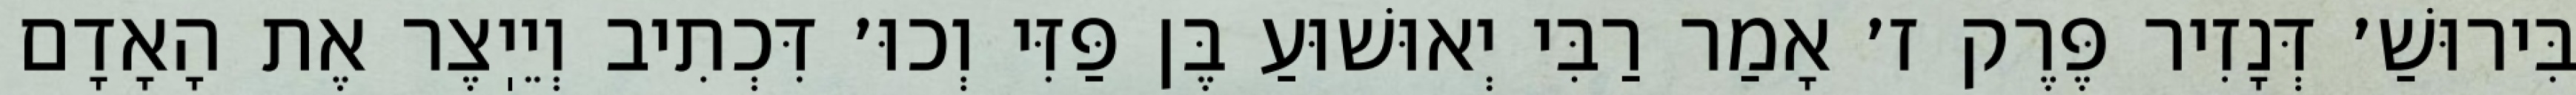
בִּירוּשַׁ׳ דְּנָזִיר פֶּרֶק ז׳ אָמַר רַבִּי יְאוּשׁוּעַ בֶּן פַּזִּי וְכוּ׳ דִּכְתִיב וְיֵיֽצֶר אֶת הָאָדָם